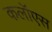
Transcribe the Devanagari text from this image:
कलॉएस